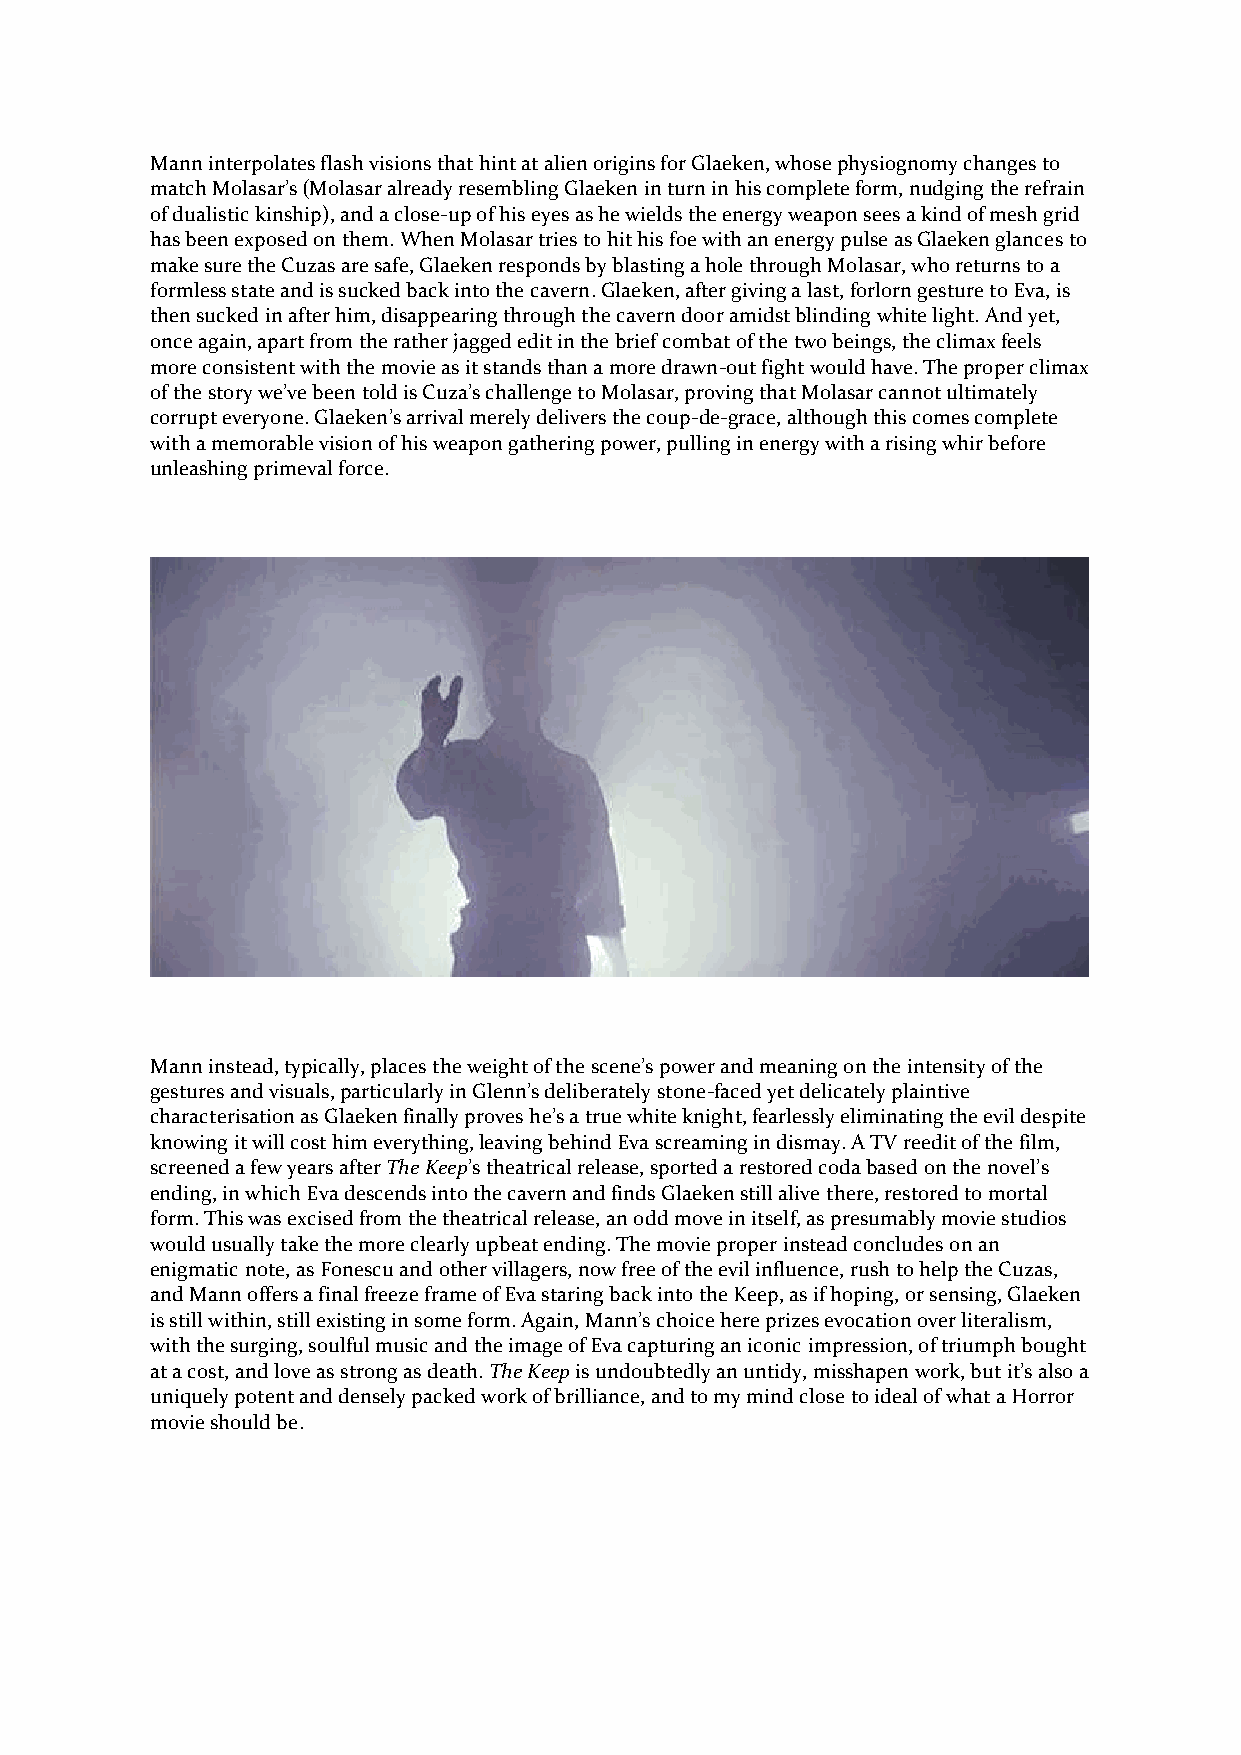
Mann interpolates flash visions that hint at alien origins for Glaeken, whose physiognomy changes to
 match Molasar’s (Molasar already resembling Glaeken in turn in his complete form, nudging the refrain
 of dualistic kinship), and a close-up of his eyes as he wields the energy weapon sees a kind of mesh grid
 has been exposed on them. When Molasar tries to hit his foe with an energy pulse as Glaeken glances to
 make sure the Cuzas are safe, Glaeken responds by blasting a hole through Molasar, who returns to a
 formless state and is sucked back into the cavern. Glaeken, after giving a last, forlorn gesture to Eva, is
 then sucked in after him, disappearing through the cavern door amidst blinding white light. And yet,
 once again, apart from the rather jagged edit in the brief combat of the two beings, the climax feels
 more consistent with the movie as it stands than a more drawn-out fight would have. The proper climax
 of the story we’ve been told is Cuza’s challenge to Molasar, proving that Molasar cannot ultimately
 corrupt everyone. Glaeken’s arrival merely delivers the coup-de-grace, although this comes complete
 with a memorable vision of his weapon gathering power, pulling in energy with a rising whir before
 unleashing primeval force.
 Mann instead, typically, places the weight of the scene’s power and meaning on the intensity of the
 gestures and visuals, particularly in Glenn’s deliberately stone-faced yet delicately plaintive
 characterisation as Glaeken finally proves he’s a true white knight, fearlessly eliminating the evil despite
 knowing it will cost him everything, leaving behind Eva screaming in dismay. A TV reedit of the film,
 screened a few years after The Keep’s theatrical release, sported a restored coda based on the novel’s
 ending, in which Eva descends into the cavern and finds Glaeken still alive there, restored to mortal
 form. This was excised from the theatrical release, an odd move in itself, as presumably movie studios
 would usually take the more clearly upbeat ending. The movie proper instead concludes on an
 enigmatic note, as Fonescu and other villagers, now free of the evil influence, rush to help the Cuzas,
 and Mann offers a final freeze frame of Eva staring back into the Keep, as if hoping, or sensing, Glaeken
 is still within, still existing in some form. Again, Mann’s choice here prizes evocation over literalism,
 with the surging, soulful music and the image of Eva capturing an iconic impression, of triumph bought
 at a cost, and love as strong as death. The Keep is undoubtedly an untidy, misshapen work, but it’s also a
 uniquely potent and densely packed work of brilliance, and to my mind close to ideal of what a Horror
 movie should be.